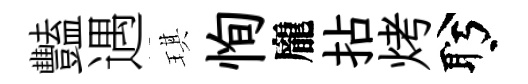
豔遇琪恂龐拈烤盻